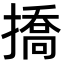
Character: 撟